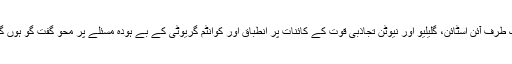
ایک طرف آئن اسٹائن، گلیلیو اور نیوٹن تجاذبی قوت کے کائنات پر انطباق اور کوانٹم گریوٹی کے بے ہودہ مسئلے پر محو گفت گو ہوں گے۔